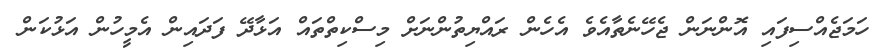
ހަމަޖެއްސިފައި އޮންނަން ޖެހޭނެތާއެވެ އެހެން ރައްޔިތުންނަށް މިސްކިތްތައް އަޅާދޭ ފަދައިން އެމީހުން އަޅުކަން